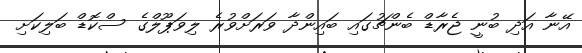
އޭނާ އަދި ބުނީ ޖެރާޑް ބެންޗުގައި ބައިންދާ ވަރަށްވުރެ ލިވަޕޫލްގެ ސްކޮޑް ބަލިކަށި